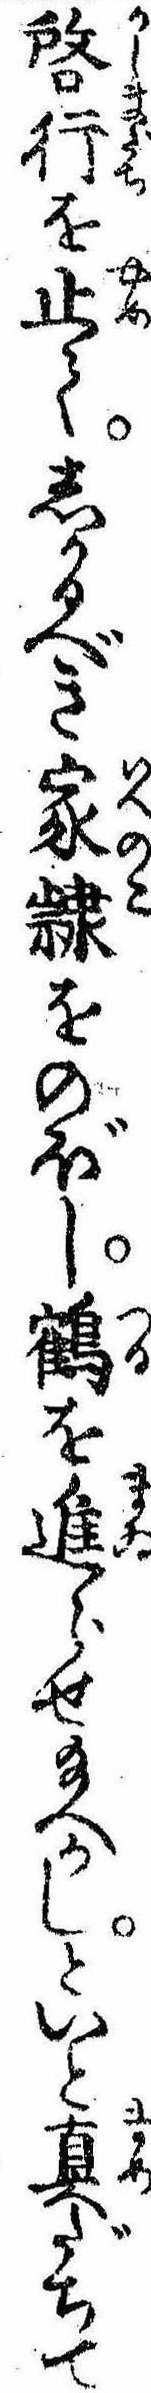
啓行を止てしかるべき家隷をのぼし鶴を進らせ給へかしといと真だちて